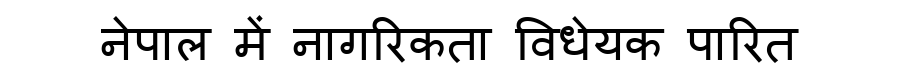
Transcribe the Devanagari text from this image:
नेपाल में नागरिकता विधेयक पारित